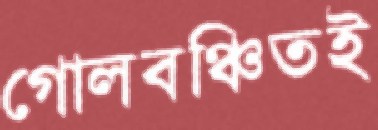
গোলবঞ্চিতই